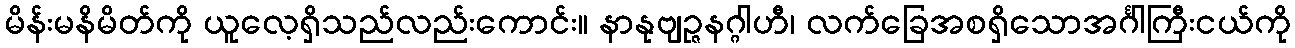
မိန်းမနိမိတ်ကို ယူလေ့ရှိသည်လည်းကောင်း။ နာနုဗျဉ္ဇနဂ္ဂါဟီ၊ လက်ခြေအစရှိသောအင်္ဂါကြီးငယ်ကို